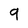
Character: 9